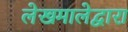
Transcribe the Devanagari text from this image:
लेखमालेद्वारा